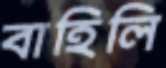
বাহিলি